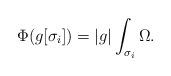
LaTeX: \begin{align*} \Phi(g[\sigma_i]) = |g| \int_{\sigma_i}\Omega.\end{align*}